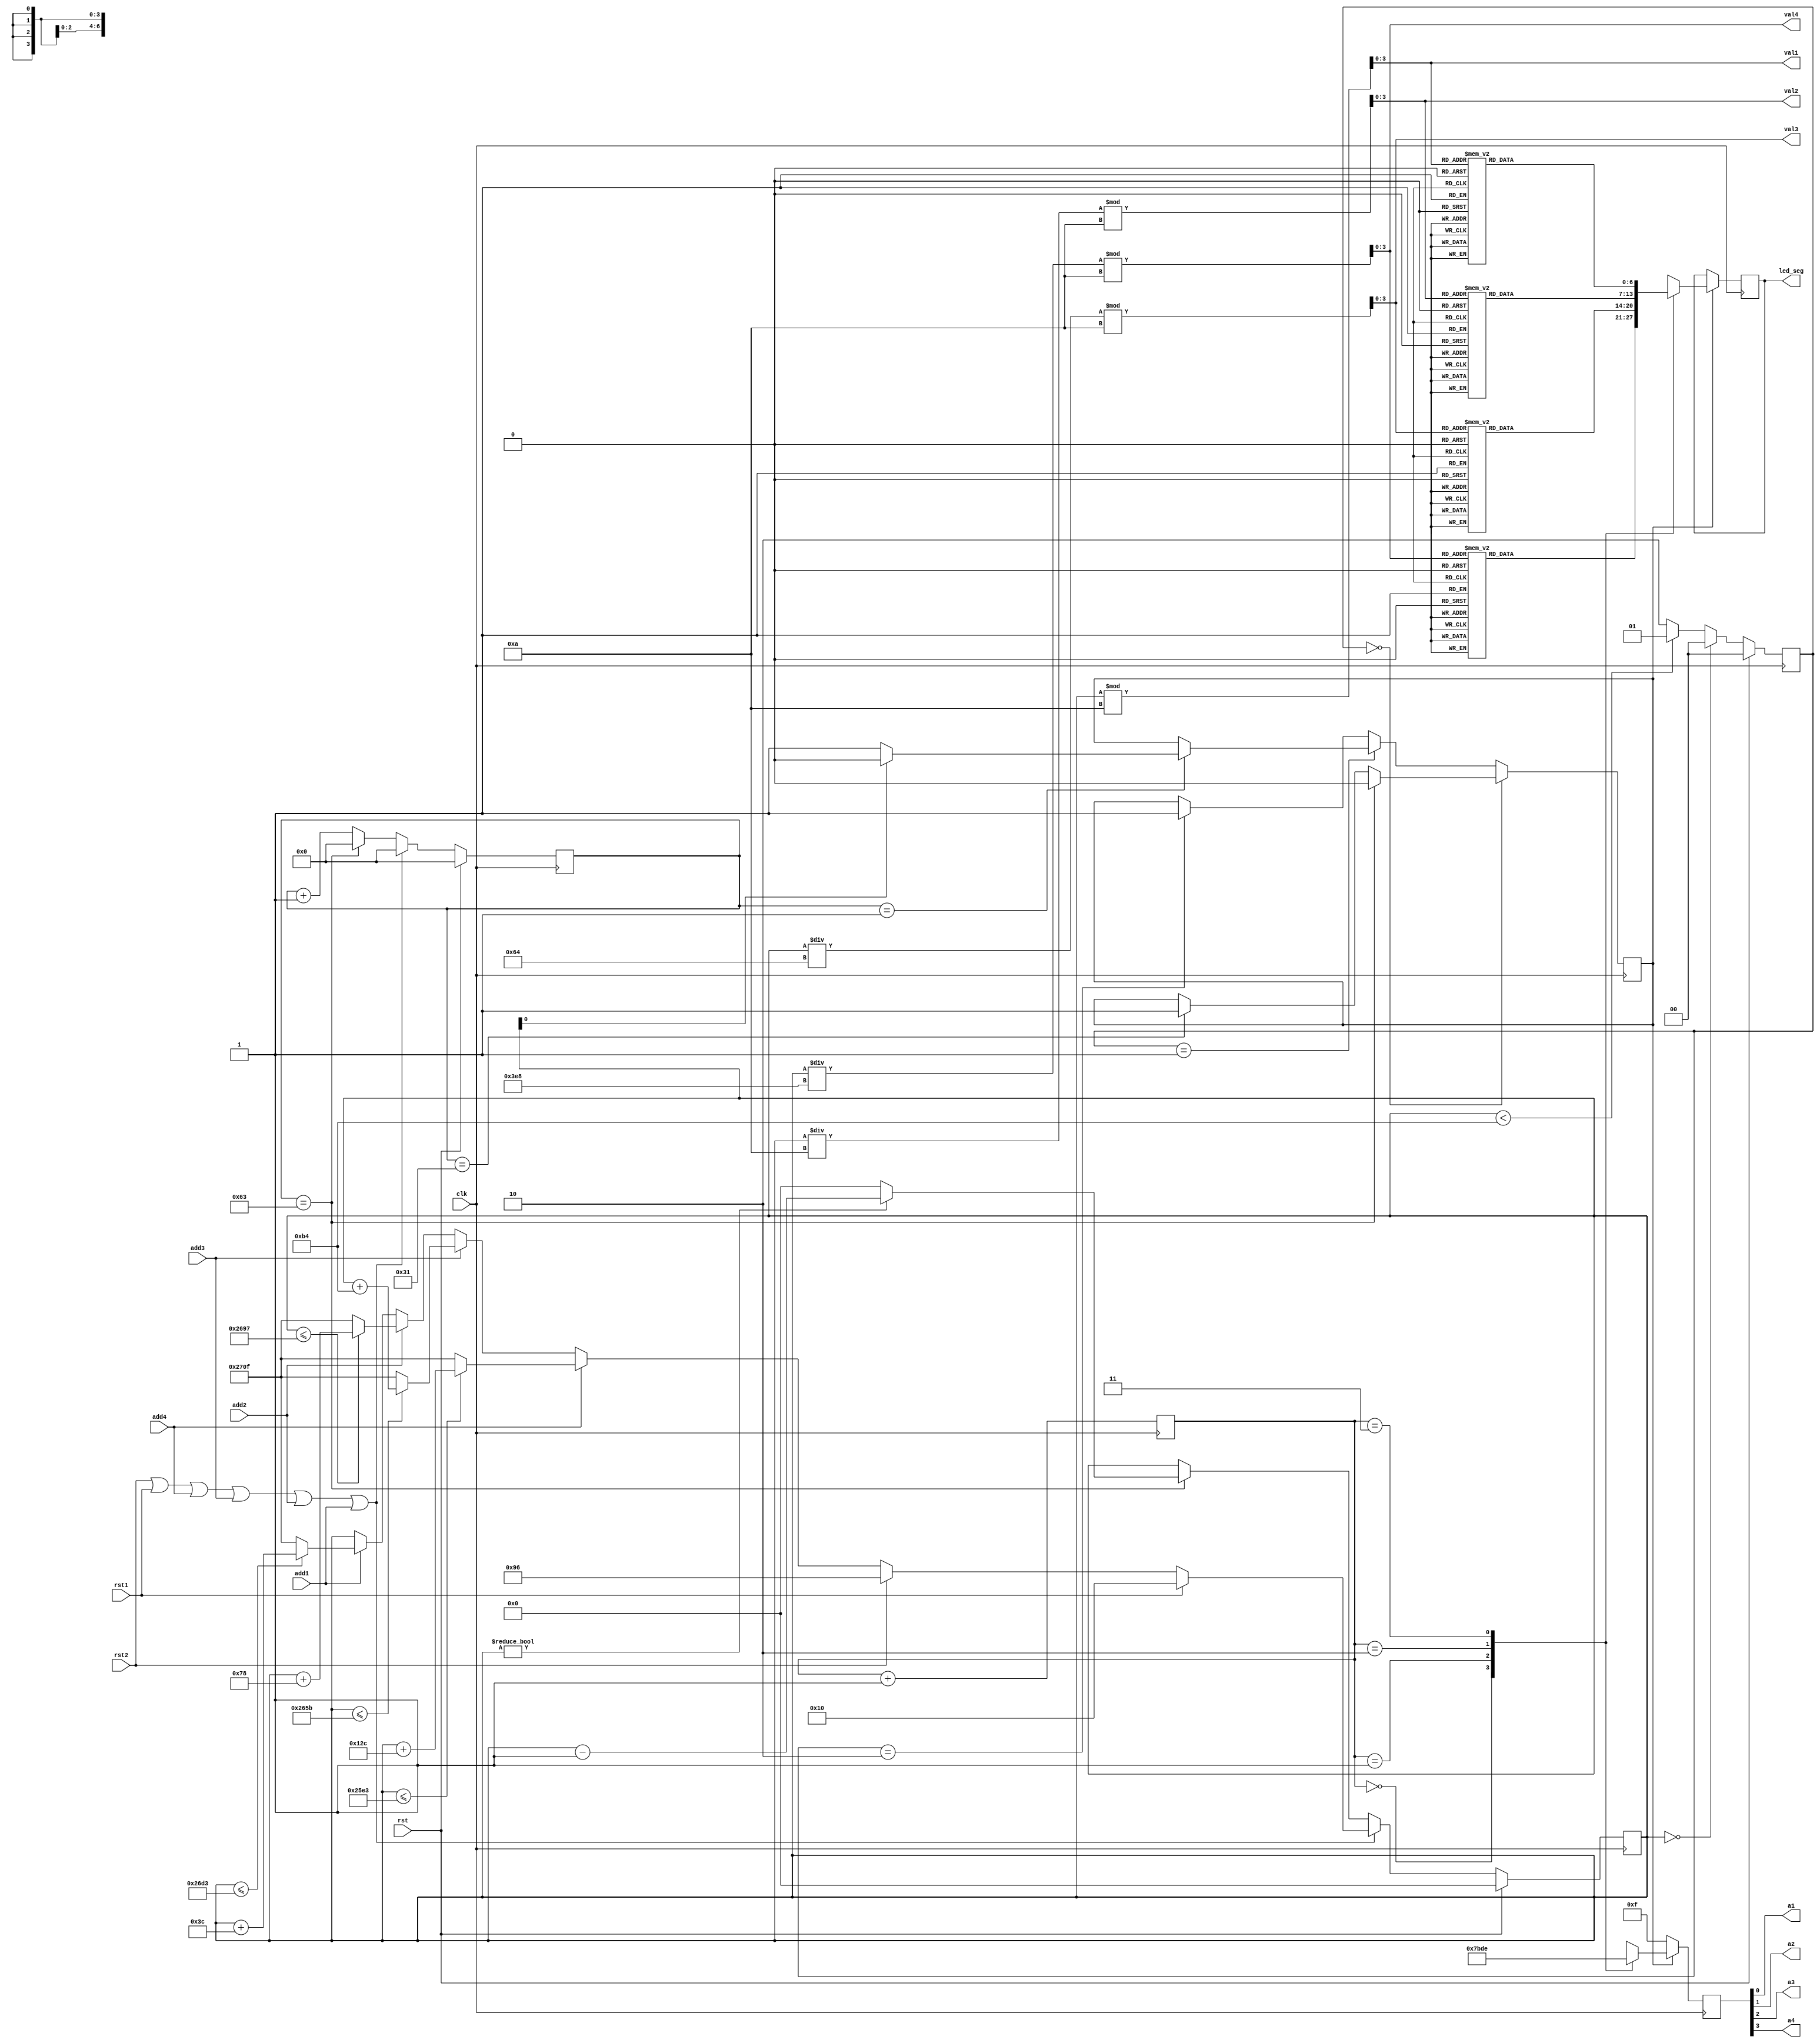
`timescale 1ns / 1ps
//////////////////////////////////////////////////////////////////////////////////
// Company: UCLA
// 
// Design Name: 
// Module Name: parking_meter
// Project Name: project4
// Target Devices: 
// Tool Versions: 
// Description: 
// 
// Dependencies: 
// 
// Revision:
// Revision 0.01 - File Created
// Additional Comments:
// 
//////////////////////////////////////////////////////////////////////////////////


module parking_meter(
input		clk,	//100hz
input		rst,
input		rst1,
input		rst2,

input		add1,
input		add2,
input		add3,
input		add4,

output	[3:0]	val1,		//BCD
output	[3:0]	val2,       //BCD
output	[3:0]	val3,       //BCD
output	[3:0]	val4,       //BCD

output	reg[6:0]	led_seg,	//SEG
output			a1,a2,a3,a4
    );
	
	
parameter idle  = 2'b00,low_180_s = 2'b01,grater_180 = 2'b10;	

reg		[1:0]	state = 2'b00;	

reg	[13:0]		time_counter;



reg	[6:0]		time_1s;
wire	key_en = rst2 | rst1 | add4 | add3 | add2 |add1;


always@(posedge clk )
begin
if(rst)
	begin
	state <= idle;
	end
else if(time_counter ==0)
	state <= idle;
else if(time_counter<180)
	state <= low_180_s;
else
	state <= grater_180;
end



always@(posedge clk )	
begin
if(rst)
	begin
	time_counter <= 14'd0;
	time_1s <= 0;
	end
else if(key_en)
	begin
		time_1s <= 0;
		if(rst1)
			time_counter <= 16;
		else if(rst2)
			time_counter <= 150;
		else if(add4)
			begin
			if(time_counter <= 14'd9699)
				time_counter <= time_counter + 300;
			else	
				time_counter <= 9999;
			end
		else if(add3)
			begin
			if(time_counter <= 14'd9819)
				time_counter <= time_counter + 180;
			else	
				time_counter <= 9999;
			end
		else if(add2)
			begin
			if(time_counter <= 14'd9879)
				time_counter <= time_counter + 120;
			else	
				time_counter <= 9999;
			end
		else if(add1)
			begin
			if(time_counter <= 14'd9939)
				time_counter <= time_counter + 60;
			else	
				time_counter <= 9999;
			end
	end
else 
	begin
	if(time_1s == 99)
		begin
		time_1s <=0;
		if(time_counter !=0)
			time_counter <= time_counter - 1;
		else
			time_counter <= 0;
		end
	else
		time_1s <= time_1s + 1;

	end
end
reg				seg_disp_en=1;	
always@(posedge clk )
begin
if(state == idle)
	begin
	if(time_1s == 99)
		begin
		seg_disp_en <= 0;
		end
	else if(time_1s == 49)
		begin
		seg_disp_en <= 1;
		end
	end
else if(state == low_180_s)
	begin
	if(time_1s == 1)
		begin
		if(time_counter[0])
			seg_disp_en <= 0;
		else
			seg_disp_en <= 1;
		end
	end
else if(state == grater_180)
	begin
	seg_disp_en <= 1;
	end
end
wire [3:0]ones 		;
wire [3:0]tens 	    ;
wire [3:0]hundreds  ;
wire [3:0]thousands ;
assign ones 	=  time_counter% 10;
assign tens 	= (time_counter/ 10) % 10;
assign hundreds = (time_counter/ 100) % 10;
assign thousands= (time_counter/ 1000) % 10;	

assign val1=ones 	  ;
assign val2=tens 	  ;
assign val3=hundreds  ;
assign val4=thousands ;
	
//seg display
reg	[1:0]	sen_num =0;
reg	[3:0]	an = 4'b0;
always@(posedge clk )
begin
sen_num <= sen_num + 1;
if(seg_disp_en)
	begin
	case(sen_num)
		0:
			begin
			an <= 4'b0111;
			led_seg <= seg(thousands);
			end
		1:
			begin
			an <= 4'b1011;
			led_seg <= seg(hundreds);
			end
		2:
			begin
			an <= 4'b1101;
			led_seg <= seg(tens);
			
			end
		3:
			begin
			an <= 4'b1110;
			led_seg <= seg(ones);
			
			end
	endcase
	end
else
	begin
	an <= 4'hf;
	
	end
end


assign {a4,a3,a2,a1} = an;

	
    function [6:0] seg (input [3:0] digit);
    begin
		
        case (digit)
            1: seg = 7'b1001111;
            2: seg = 7'b0010010;
            3: seg = 7'b0000110;
            4: seg = 7'b1001100;
            5: seg = 7'b0100100;
            6: seg = 7'b0100000;
            7: seg = 7'b0001111;
            8: seg = 7'b0000000;
            9: seg = 7'b0000100;
            default: seg = 7'b0000001; 
        endcase
    end 
    endfunction	
	
endmodule